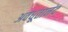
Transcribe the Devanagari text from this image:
अवधूतानंद